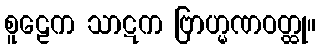
စူဠေက သာဋက ဗြာဟ္မဏဝတ္ထု။